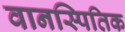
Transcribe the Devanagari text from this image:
वानस्पितिक